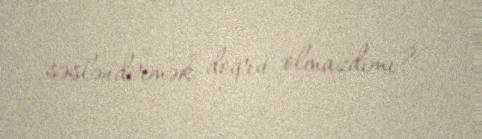
səsləndirmək doğru olmazdımı?.